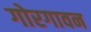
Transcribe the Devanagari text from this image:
गोरगावन